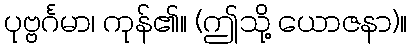
ပုဗ္ဗင်္ဂမာ၊ ကုန်၏။ (ဤသို့ ယောဇနာ)။